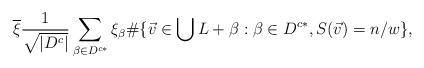
LaTeX: \begin{align*} \overline{\xi} \frac{1}{\sqrt{|D^{c}|}} \sum_{\beta \in D^{c*}} \xi_{\beta} \# \{ \vec{v} \in \bigcup L + \beta : \beta \in D^{c*}, S(\vec{v}) = n/w \},\end{align*}